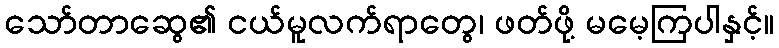
သော်တာဆွေ၏ ငယ်မူလက်ရာတွေ၊ ဖတ်ဖို့ မမေ့ကြပါနှင့်။